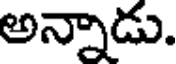
అన్నాడు.